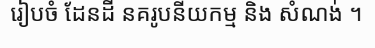
រៀបចំ ដែនដី នគរូបនីយកម្ម និង សំណង់ ។